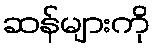
ဆန်များကို